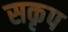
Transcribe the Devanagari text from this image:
सकृप